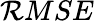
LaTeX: \mathcal{R}MSE